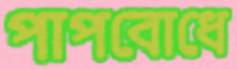
পাপবোধে